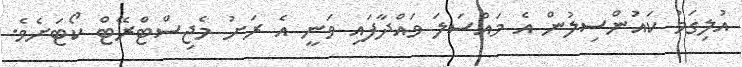
އުލިގަމު ކައުންސިލުން އެ މައްސަލަ ވައްދާފައި ވަނީ އެ ރަށު މެޖިސްޓްރޭޓް ކޯޓަށެވެ.